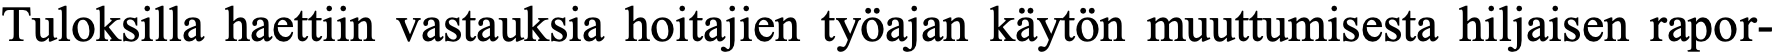
Tuloksilla haettiin vastauksia hoitajien työajan käytön muuttumisesta hiljaisen rapor-